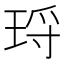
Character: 𭹑